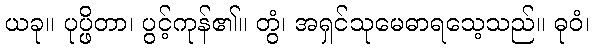
ယခု။ ပုပ္ဖိတာ၊ ပွင့်ကုန်၏။ တွံ၊ အရှင်သုမေဓာရသေ့သည်။ ဓုဝံ၊